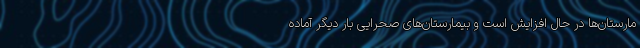
مارستان‌ها در حال افزایش است و بیمارستان‌های صحرایی بار دیگر آماده